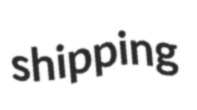
shipping